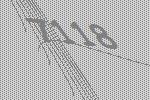
7118